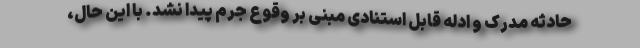
حادثه مدرک و ادله قابل استنادی مبنی بر وقوع جرم پیدا نشد. با این حال،